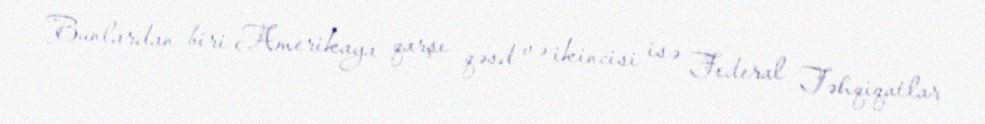
Bunlardan biri Amerikaya qarşı qəsd və ikincisi isə Federal Təhqiqatlar